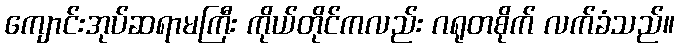
ကျောင်းအုပ်ဆရာမကြီး ကိုယ်တိုင်ကလည်း ဂရုတစိုက် လက်ခံသည်။